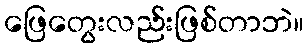
ဖြေတွေးလည်းဖြစ်တာဘဲ။